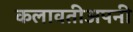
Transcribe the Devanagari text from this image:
कलावतीअपनी